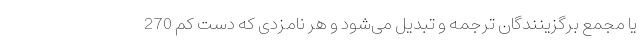
یا مجمع برگزینندگان ترجمه و تبدیل می‌شود و هر نامزدی که دست کم 270